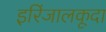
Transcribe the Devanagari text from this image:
इरिंजालकूदा